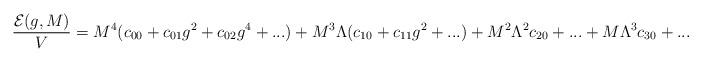
LaTeX: \begin{align*}\frac{{\cal E}(g,M)}{V}=M^4(c_{00}+c_{01}g^2+c_{02}g^4+...)+M^3\Lambda(c_{10}+c_{11}g^2+...)+M^2\Lambda^2c_{20}+...+M\Lambda^3c_{30}+...\end{align*}